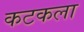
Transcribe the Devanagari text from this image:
कटकला